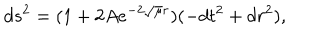
d s ^ { 2 } = ( 1 + 2 A e ^ { - 2 \sqrt { \mu } r } ) ( - d t ^ { 2 } + d r ^ { 2 } ) ,